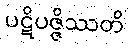
ပဋိပဇ္ဇိဿတိ